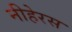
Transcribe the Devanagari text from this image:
नीहेरस